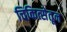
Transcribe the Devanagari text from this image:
चिकित्सेतून